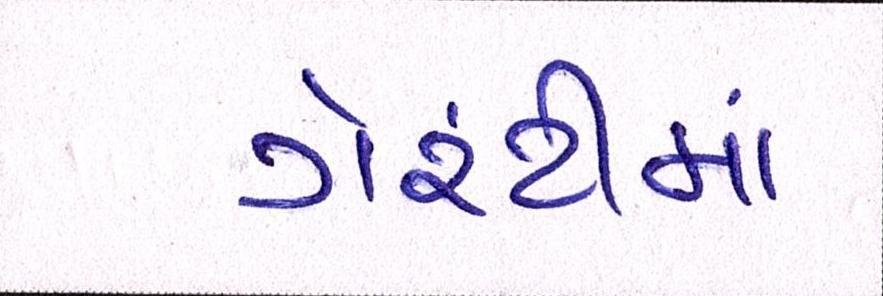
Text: ગેરંટીમાં